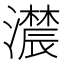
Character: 𤂑